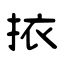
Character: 挔